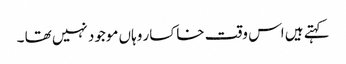
کہتے ہیں اس وقت خاکسار وہاں موجود نہیں تھا ۔